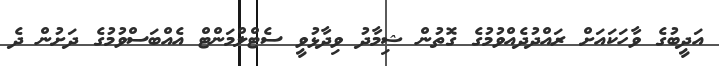
އަދީބުގެ ވާހަކައަށް ރައްދުދެއްވުމުގެ ގޮތުން ޝިމާދު ވިދާޅުވީ ސެޓްލްމަންޓް އެއްބަސްވުމުގެ ދަށުން ދެ